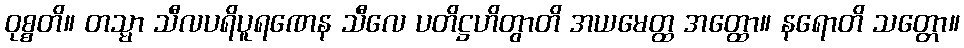
ဝုစ္စတိ။ တသ္မာ သီလပရိပူရဏေန သီလေ ပတိဋ္ဌဟိတွာတိ အယမေတ္ထ အတ္ထော။ နရောတိ သတ္တော။